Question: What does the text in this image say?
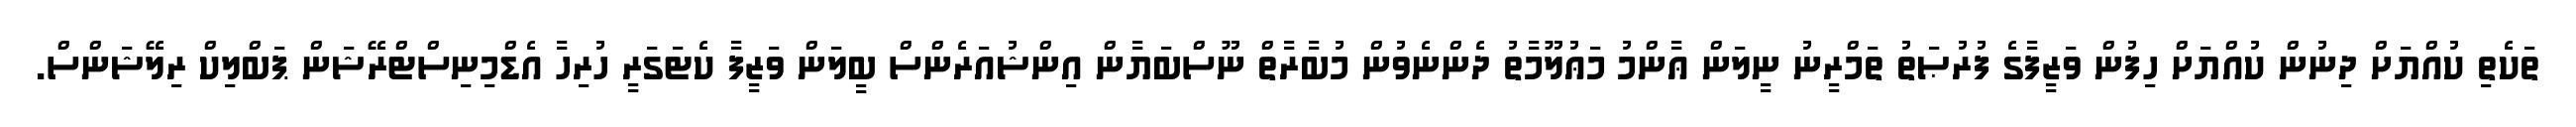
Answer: ތަކެތި ކުއްޔަށް ދިނުން ކުއްޔަށް ހިފުން ވަޒީފާގެ ފުރުޞަތު ތަމްރީނު ނީލަން ޢާންމު މަޢުލޫމާތު ދެންނެވުން މުބާރާތް ނޫސްބަޔާން އިންޝުއަރެންސް ބީލަން ވަޒީފާ ކެޓަގަރީ ހުރިހާ އެޑްމިނިސްޓްރޭޝަން ޕަބްލިކް ރިލޭޝަންސް.